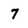
Character: 7